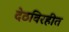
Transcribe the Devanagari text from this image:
देठविरहीत